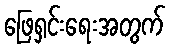
ဖြေရှင်းရေးအတွက်